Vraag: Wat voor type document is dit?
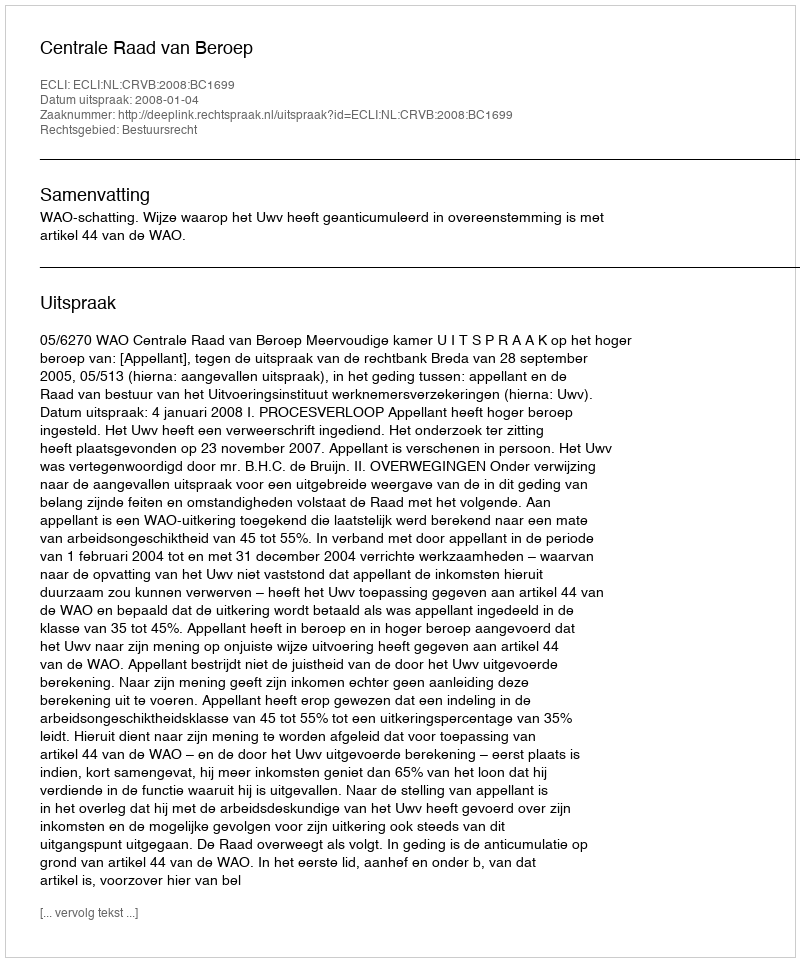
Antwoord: Uitspraak